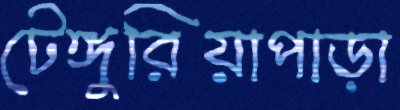
টেঙ্গুরিয়াপাড়া